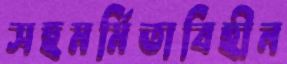
সহমর্মিতাবিহীন